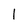
Character: 1